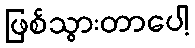
ဖြစ်သွားတာပေါ့